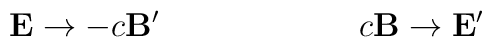
{\bf E} \rightarrow - c {{\bf B}^{\prime}}\hspace{1.0in}   c {\bf B} \rightarrow {{\bf E}^{\prime}}